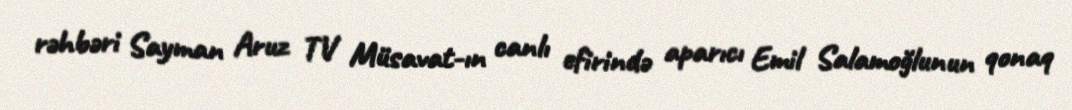
rəhbəri Sayman Aruz TV Müsavat-ın canlı efirində aparıcı Emil Salamoğlunun qonaq